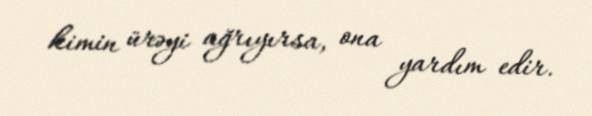
kimin ürəyi ağrıyırsa, ona yardım edir.